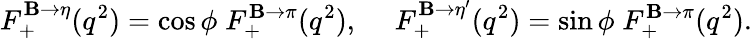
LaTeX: F_{+}^{\mathbf{B}\to\eta}(q^{2})=\cos\phi\; F_{+}^{\mathbf{B}\to\pi}(q^{2}),~~~~~F_{+}^{\mathbf{B}\to\eta^{\prime}}(q^{2})=\sin\phi\; F_{+}^{\mathbf{B}\to\pi}(q^{2}).